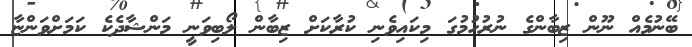
ބޭނުމެއް ނޫން ޒިބާންގެ ނުރުހުމުގަ މިކައިވެނި ކުރާކަށް ޒިބާން ލޯބިވަނީ މަންޝާދެކެ ކަމަށްވަންޏާ